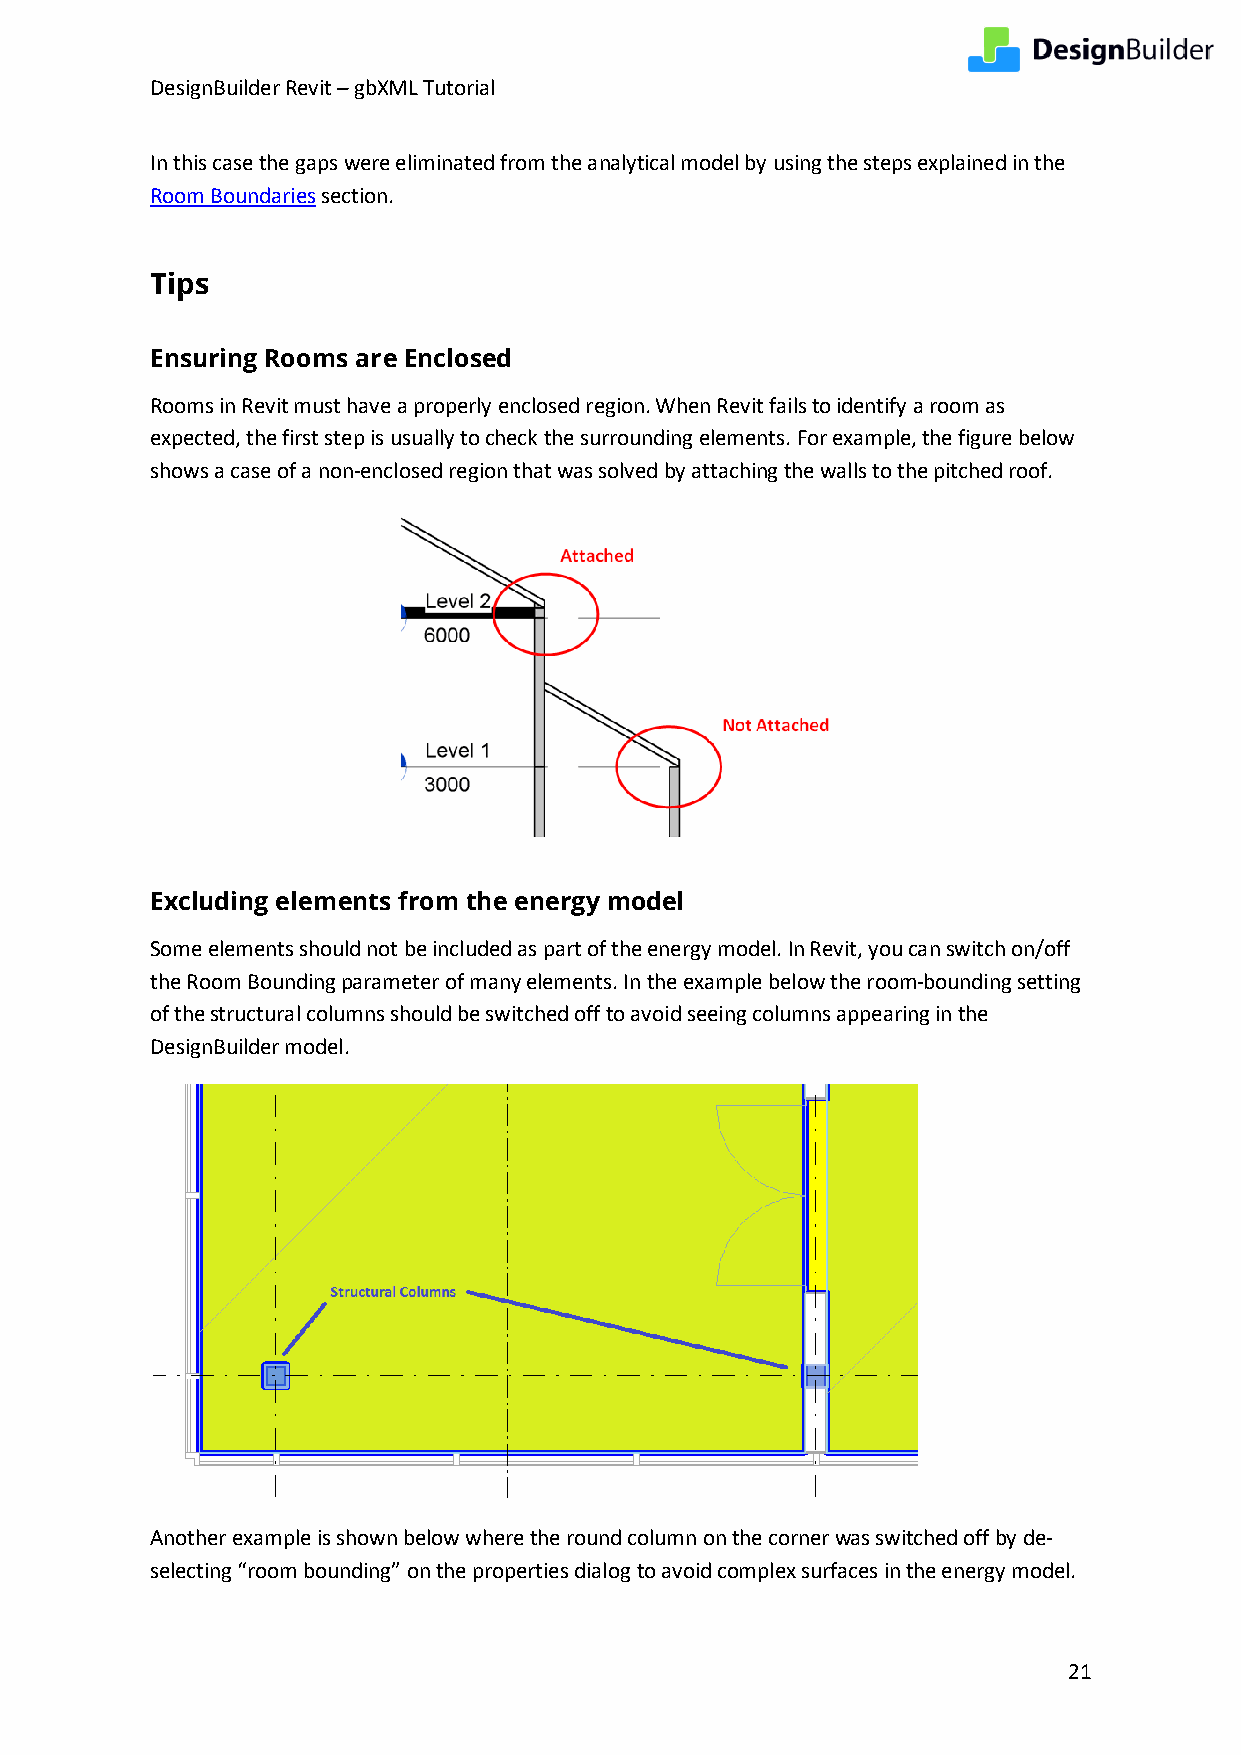
DesignBuilder Revit – gbXML Tutorial
 In this case the gaps were eliminated from the analytical model by using the steps explained in the
 Room Boundaries section.
 Tips
 Ensuring Rooms are Enclosed
 Rooms in Revit must have a properly enclosed region. When Revit fails to identify a room as
 expected, the first step is usually to check the surrounding elements. For example, the figure below
 shows a case of a non-enclosed region that was solved by attaching the walls to the pitched roof.
 Excluding elements from the energy model
 Some elements should not be included as part of the energy model. In Revit, you can switch on/off
 the Room Bounding parameter of many elements. In the example below the room-bounding setting
 of the structural columns should be switched off to avoid seeing columns appearing in the
 DesignBuilder model.
 Another example is shown below where the round column on the corner was switched off by de-
 selecting “room bounding” on the properties dialog to avoid complex surfaces in the energy model.
 21